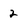
Character: 2